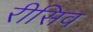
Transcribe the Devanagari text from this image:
रीसिव